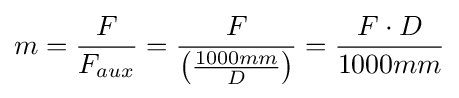
m={\frac {F}{F_{aux}}}={\frac {F}{\left({\frac {1000mm}{D}}\right)}}={\frac {F\cdot D}{1000mm}}